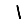
Digit: 1